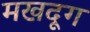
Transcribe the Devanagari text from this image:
मखदूग